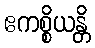
ဧကစ္စိယန္တိ